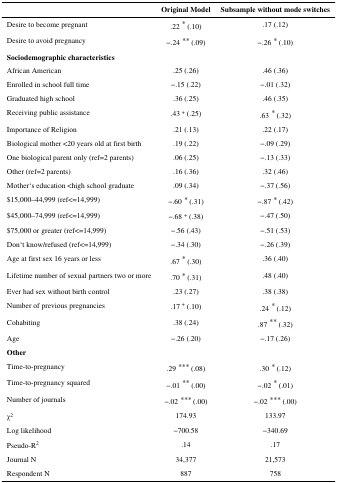
<table><thead><tr><td>[EMPTY_CELL]</td><td><b>Original Model</b></td><td><b>Subsample without mode switches</b></td></tr></thead><tbody><tr><td>Desire to become pregnant</td><td>.22 * (.10)</td><td>.17 (.12)</td></tr><tr><td>Desire to avoid pregnancy</td><td>−.24 ** (.09)</td><td>−.26 * (.10)</td></tr><tr><td colspan="3"><b>Sociodemographic characteristics</b></td></tr><tr><td>African American</td><td>.25 (.26)</td><td>.46 (.36)</td></tr><tr><td>Enrolled in school full time</td><td>−.15 (.22)</td><td>−.01 (.32)</td></tr><tr><td>Graduated high school</td><td>.36 (.25)</td><td>.46 (.35)</td></tr><tr><td>Receiving public assistance</td><td>.43 <sup>+</sup> (.25)</td><td>.63 * (.32)</td></tr><tr><td>Importance of Religion</td><td>.21 (.13)</td><td>.22 (.17)</td></tr><tr><td>Biological mother &lt;20 years old at first birth</td><td>.19 (.22)</td><td>−.09 (.29)</td></tr><tr><td>One biological parent only (ref=2 parents)</td><td>.06 (.25)</td><td>−.13 (.33)</td></tr><tr><td>Other (ref=2 parents)</td><td>.16 (.36)</td><td>.32 (.46)</td></tr><tr><td>Mother‘s education <high graduate="" school=""><td>.09 (.34)</td><td>−.37 (.56)</td></high></td></tr><tr><td>$15,000–44,999 (ref&lt;=14,999)</td><td>−.60 * (.31)</td><td>−.87 * (.42)</td></tr><tr><td>$45,000–74,999 (ref&lt;=14,999)</td><td>−.68 <sup>+</sup> (.38)</td><td>−.47 (.50)</td></tr><tr><td>$75,000 or greater (ref&lt;=14,999)</td><td>−.56 (.43)</td><td>−.51 (.53)</td></tr><tr><td>Don‘t know/refused (ref&lt;=14,999)</td><td>−.34 (.30)</td><td>−.26 (.39)</td></tr><tr><td>Age at first sex 16 years or less</td><td>.67 * (.30)</td><td>.36 (.40)</td></tr><tr><td>Lifetime number of sexual partners two or more</td><td>.70 * (.31)</td><td>.48 (.40)</td></tr><tr><td>Ever had sex without birth control</td><td>.23 (.27)</td><td>.38 (.38)</td></tr><tr><td>Number of previous pregnancies</td><td>.17 <sup>+</sup> (.10)</td><td>.24 * (.12)</td></tr><tr><td>Cohabiting</td><td>.38 (.24)</td><td>.87 ** (.32)</td></tr><tr><td>Age</td><td>−.26 (.20)</td><td>−.17 (.26)</td></tr><tr><td colspan="3"><b>Other</b></td></tr><tr><td>Time-to-pregnancy</td><td>.29 *** (.08)</td><td>.30 * (.12)</td></tr><tr><td>Time-to-pregnancy squared</td><td>−.01 ** (.00)</td><td>−.02 * (.01)</td></tr><tr><td>Number of journals</td><td>−.02 *** (.00)</td><td>−.02 *** (.00)</td></tr><tr><td>χ<sup>2</sup></td><td>174.93</td><td>133.97</td></tr><tr><td>Log likelihood</td><td>−700.58</td><td>−340.69</td></tr><tr><td>Pseudo-R<sup>2</sup></td><td>.14</td><td>.17</td></tr><tr><td>Journal N</td><td>34,377</td><td>21,573</td></tr><tr><td>Respondent N</td><td>887</td><td>758</td></tr></tbody></table>